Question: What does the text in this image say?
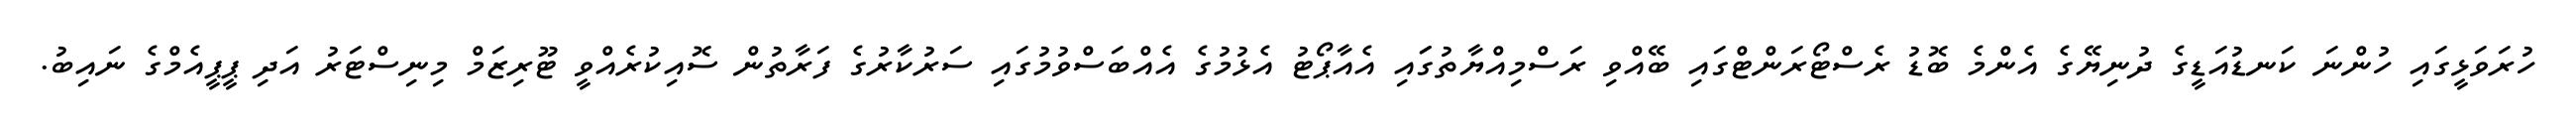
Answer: ހުރަވަޅީގައި ހުންނަ ކަނޑުއަޑީގެ ދުނިޔޭގެ އެންމެ ބޮޑު ރެސްޓޯރަންޓްގައި ބޭއްވި ރަސްމިއްޔާތުގަައި އެއާޕޯޓު އެޅުމުގެ އެއްބަސްވުމުގައި ސަރުކާރުގެ ފަރާތުން ސޮއިކުރެއްވީ ޓޫރިޒަމް މިނިސްޓަރު އަދި ޕީޕީއެމްގެ ނައިބު.